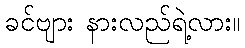
ခင်ဗျား နားလည်ရဲ့လား။